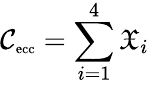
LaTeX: \mathcal{C}_{\textnormal{\scriptsize ecc}}=\sum_{i=1}^{4}\mathfrak{X}_{i}